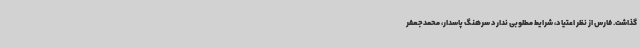
گذاشت. فارس از نظر اعتیاد، شرایط مطلوبی ندارد سرهنگ پاسدار، محمدجعفر